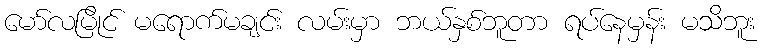
မော်လမြိုင် မရောက်မချင်း လမ်းမှာ ဘယ်နှစ်ဘူတာ ရပ်နေမှန်း မသိဘူး